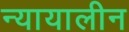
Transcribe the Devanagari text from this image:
न्यायालीन